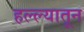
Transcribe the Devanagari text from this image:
हल्ल्यातून